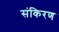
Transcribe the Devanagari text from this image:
संकिरण